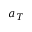
a _ { T }